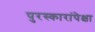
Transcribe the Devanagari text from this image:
पुरस्कारांपेक्षा